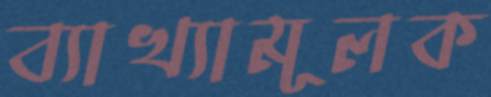
ব্যাখ্যামূলক